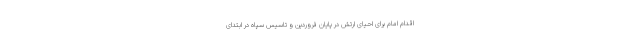
اقدام امام برای احیای ارتش در پایان فروردین و تاسیس سپاه در ابتدای